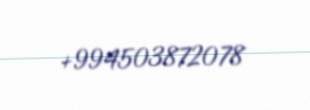
+994503872078